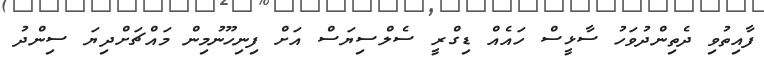
ފާއިތުވި ދެތިންދުވަހު ސާޅީސް ހައެއް ޑިގްރީ ސެލްސިޔަސް އަށް ފިނިހޫނުމިން މައްޗަށްދިޔަ ސިންދު